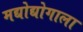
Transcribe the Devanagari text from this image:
मद्योद्योगाला